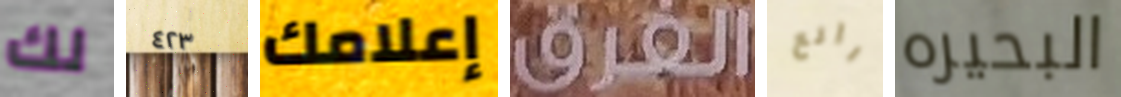
لك ٤٢٣ إعلامك الفرق رائع البحيره